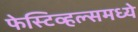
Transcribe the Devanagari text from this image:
फेस्टिव्हल्समध्ये